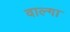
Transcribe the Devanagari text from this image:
वाल्गा